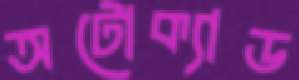
অটোক্যাড